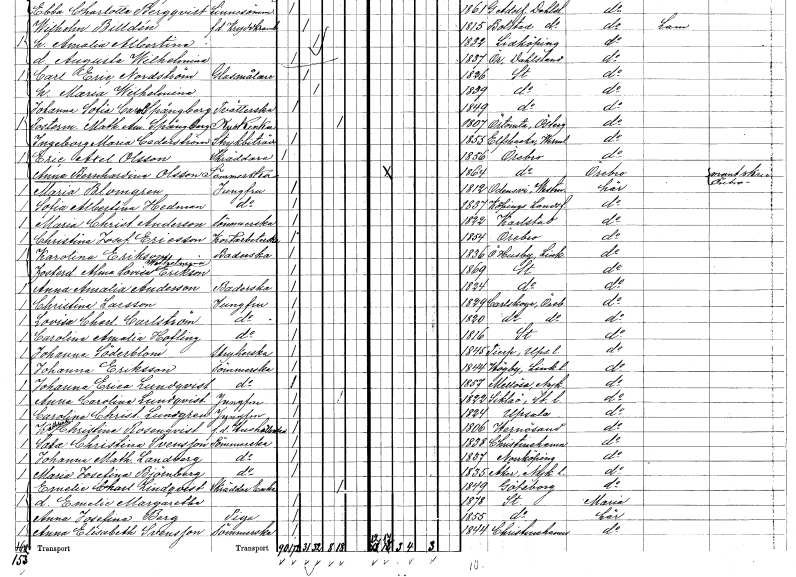
gt_parse: households: individuals: FN: Sofia Albertina
EN: Hedman
YRKE: Jungfru
KON: K
CIV: O
FODAR: 1837
FODFORS: Köpings landsförsamling Västmanlands län
FN: Maria Christina
EN: Anderson
YRKE: Sömmerska
KON: K
CIV: O
FODAR: 1822
FODFORS: Karlstad Värmlands län
FN: Christina Josefina
EN: Ericsson
YRKE: Kortarbetare
KON: K
CIV: O
FODAR: 1854
FODFORS: Örebro Örebro län
FN: Karolina
EN: Erikson
YRKE: Baderska
KON: K
CIV: O
FODAR: 1836
FODFORS: Östra Husby Östergötlands län
FN: Alma Lovisa Wilhelmina
EN: Erikson
KON: K
CIV: O
FODAR: 1869
FODFORS: Stockholm
FN: Anna Amalia
EN: Anderson
YRKE: Baderska
KON: K
CIV: O
FODAR: 1824
FODFORS: Stockholm
FN: Christina
EN: Larsson
YRKE: Jungfru
KON: K
CIV: O
FODAR: 1829
FODFORS: Karlskoga Örebro län
FN: Lovisa Charlotta
EN: Carlström
YRKE: Jungfru
KON: K
CIV: O
FODAR: 1820
FODFORS: Karlskoga Örebro län
FN: Carolina Amalia
EN: Hofling
YRKE: Jungfru
KON: K
CIV: O
FODAR: 1816
FODFORS: Stockholm
FN: Johanna
EN: Söderblom
YRKE: Strykerska
KON: K
CIV: O
FODAR: 1845
FODFORS: Tierp Uppsala län
FN: Johanna
EN: Eriksson
YRKE: Sömmerska
KON: K
CIV: O
FODAR: 1844
FODFORS: Högby Östergötlands län
FN: Johanna Erica
EN: Lundqvist
YRKE: Sömmerska
KON: K
CIV: O
FODAR: 1857
FODFORS: Mellösa Södermanlands län
FN: Anna Carolina
EN: Lundqvist
YRKE: Jungfru
KON: K
CIV: O
FODAR: 1822
FODFORS: Sicklaö Stockholms län
FN: Carolina Christina
EN: Lundgren
YRKE: Jungfru
KON: K
CIV: O
FODAR: 1824
FODFORS: Uppsala Uppsala län
FN: Kathrina Christina
EN: Rosenqvist
YRKE: Hushållerska f.d.
KON: K
CIV: O
FODAR: 1806
FODFORS: Härnösand Västernorrlands län
FN: Sara Christina
EN: Svensson
YRKE: Sömmerska
KON: K
CIV: O
FODAR: 1838
FODFORS: Kristinehamn Värmlands län
FN: Johanna Mathilda
EN: Landberg
YRKE: Sömmerska
KON: K
CIV: O
FODAR: 1837
FODFORS: Norrköping Östergötlands län
FN: Maria Josefina
EN: Björnberg
YRKE: Sömmerska
KON: K
CIV: O
FODAR: 1835
FODFORS: Åker Södermanlands län
FN: Emelie Charlotta
EN: Lindqvist
YRKE: Skräddareänka
KON: K
CIV: E
FODAR: 1849
FODFORS: Göteborg Göteborgs- och Bohuslän
FN: Emelie Margaretha
KON: K
CIV: O
FODAR: 1878
FODFORS: Stockholm
FN: Anna Josefina
EN: Berg
YRKE: Piga
KON: K
CIV: O
FODAR: 1855
FODFORS: Stockholm
FN: Anna Elisabeth
EN: Svensson
YRKE: Sömmerska
KON: K
CIV: O
FODAR: 1844
FODFORS: Kristinehamn Värmlands län